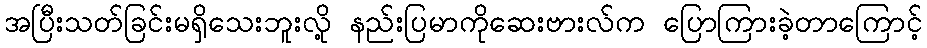
အပြီးသတ်ခြင်းမရှိသေးဘူးလို့ နည်းပြမာကိုဆေးဗားလ်က ပြောကြားခဲ့တာကြောင့်